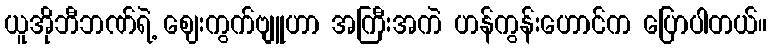
ယူအိုဘီဘဏ်ရဲ့ ဈေးကွက်ဗျူဟာ အကြီးအကဲ ဟန်ကွန်းဟောင်က ပြောပါတယ်။